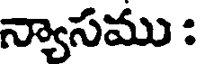
న్యాసము :